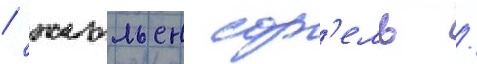
/ жюльен сор'ель /